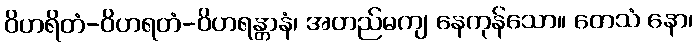
ဝိဟရိတံ-ဝိဟရတံ-ဝိဟရန္တာနံ၊ အတည်မကျ နေကုန်သော။ တေသံ နော၊